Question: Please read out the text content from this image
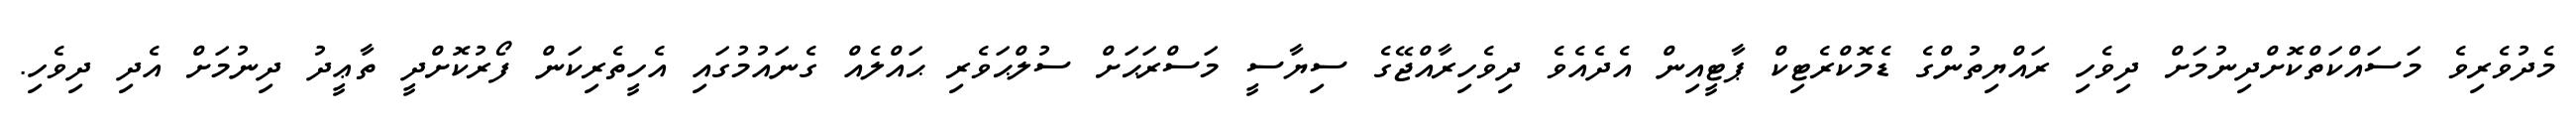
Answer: މެދުވެރިވެ މަސައްކަތްކޮށްދިނުމަށް ދިވެހި ރައްޔިތުންގެ ޑެމޮކްރެޓިކް ޕާޓީއިން އެދެއެވެ ދިވެހިރާއްޖޭގެ ސިޔާސީ މަސްރަޙަށް ސުލްޙަވެރި ޙައްލެއް ގެނައުމުގައި އެހީތެރިކަން ފޯރުކޮށްދީ ތާޢީދު ދިނުމަށް އެދި ދިވެހި.